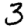
Digit: 3